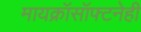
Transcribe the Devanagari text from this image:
मायक्रॉसॉफ्टनेही